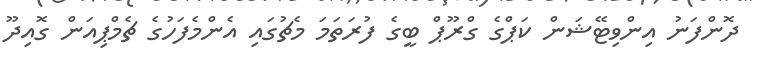
ދޮންފަނު އިންވިޓޭޝަން ކަޕްގެ ގްރޫޕް ބީގެ ފުރަތަމަ މެޗުގައި އެންމެފަހުގެ ޗެމްޕިއަން ގޮއިދޫ